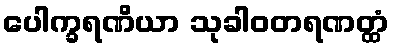
ပေါက္ခရဏိယာ သုခါဝတရဏတ္ထံ